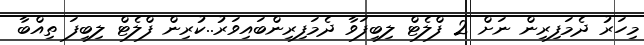
މިހަރު ދެމަފިރިން ނަށް 2 ފްލެޓް ލިބިފަވާ ދެމަފިރިންބައިވަރު..ކުރިން ފްލެޓް ލިބިފަ ތިއްބާ